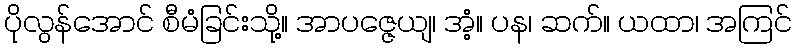
ပိုလွန်အောင် စီမံခြင်းသို့။ အာပဇ္ဇေယျ၊ အံ့။ ပန၊ ဆက်။ ယထာ၊ အကြင်